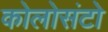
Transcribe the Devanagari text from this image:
कोलोसंटो